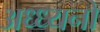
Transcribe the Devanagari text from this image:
अध्ध्यनों